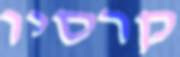
קרסיו